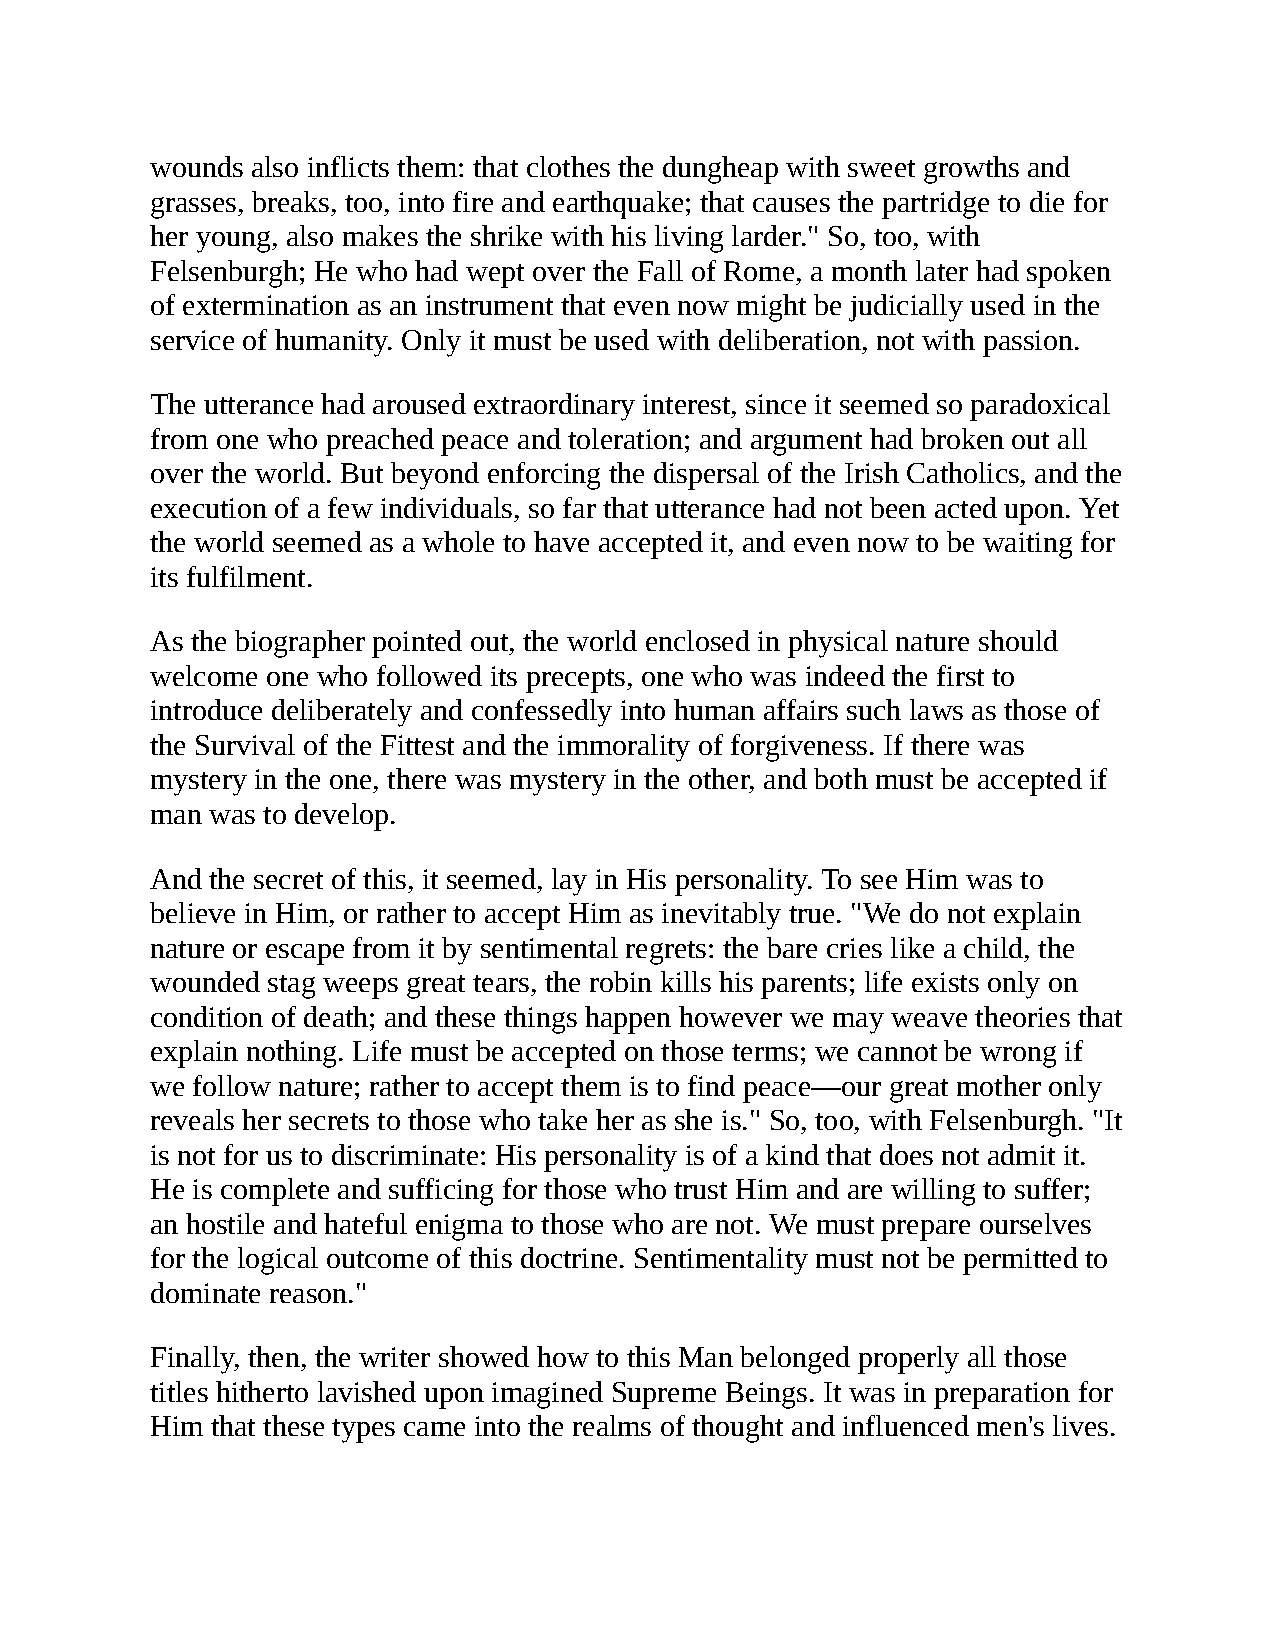
wounds also inflicts them: that clothes the dungheap with sweet growths and
 grasses, breaks, too, into fire and earthquake; that causes the partridge to die for
 her young, also makes the shrike with his living larder." So, too, with
 Felsenburgh; He who had wept over the Fall of Rome, a month later had spoken
 of extermination as an instrument that even now might be judicially used in the
 service of humanity. Only it must be used with deliberation, not with passion.
 The utterance had aroused extraordinary interest, since it seemed so paradoxical
 from one who preached peace and toleration; and argument had broken out all
 over the world. But beyond enforcing the dispersal of the Irish Catholics, and the
 execution of a few individuals, so far that utterance had not been acted upon. Yet
 the world seemed as a whole to have accepted it, and even now to be waiting for
 its fulfilment.
 As the biographer pointed out, the world enclosed in physical nature should
 welcome one who followed its precepts, one who was indeed the first to
 introduce deliberately and confessedly into human affairs such laws as those of
 the Survival of the Fittest and the immorality of forgiveness. If there was
 mystery in the one, there was mystery in the other, and both must be accepted if
 man was to develop.
 And the secret of this, it seemed, lay in His personality. To see Him was to
 believe in Him, or rather to accept Him as inevitably true. "We do not explain
 nature or escape from it by sentimental regrets: the bare cries like a child, the
 wounded stag weeps great tears, the robin kills his parents; life exists only on
 condition of death; and these things happen however we may weave theories that
 explain nothing. Life must be accepted on those terms; we cannot be wrong if
 we follow nature; rather to accept them is to find peace—our great mother only
 reveals her secrets to those who take her as she is." So, too, with Felsenburgh. "It
 is not for us to discriminate: His personality is of a kind that does not admit it.
 He is complete and sufficing for those who trust Him and are willing to suffer;
 an hostile and hateful enigma to those who are not. We must prepare ourselves
 for the logical outcome of this doctrine. Sentimentality must not be permitted to
 dominate reason."
 Finally, then, the writer showed how to this Man belonged properly all those
 titles hitherto lavished upon imagined Supreme Beings. It was in preparation for
 Him that these types came into the realms of thought and influenced men's lives.